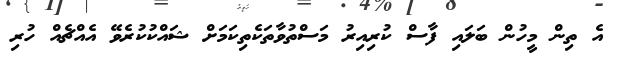
އެ ތިން މީހުން ބަލައި ފާސް ކުރިއިރު މަސްތުވާތަކެތިކަމަށް ޝައްކުކުރެވޭ އެއްޗެއް ހުރި